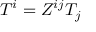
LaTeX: T ^ { i } = Z ^ { i j } T _ { j }